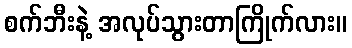
စက်ဘီးနဲ့ အလုပ်သွားတာကြိုက်လား။